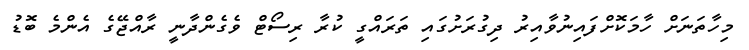
މިހާތަނަށް ހާމަކޮށްފައިނުވާއިރު ދިގުރަށުގައި ތަރައްގީ ކުރާ ރިސޯޓް ވެގެންދާނީ ރާއްޖޭގެ އެންމެ ބޮޑު